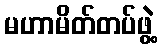
မဟာမိတ်တပ်ဖွဲ့